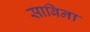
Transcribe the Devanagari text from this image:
साबिना